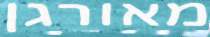
מאורגן